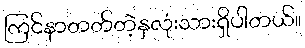
ကြင်နာတတ်တဲ့နှလုံးသားရှိပါတယ်။